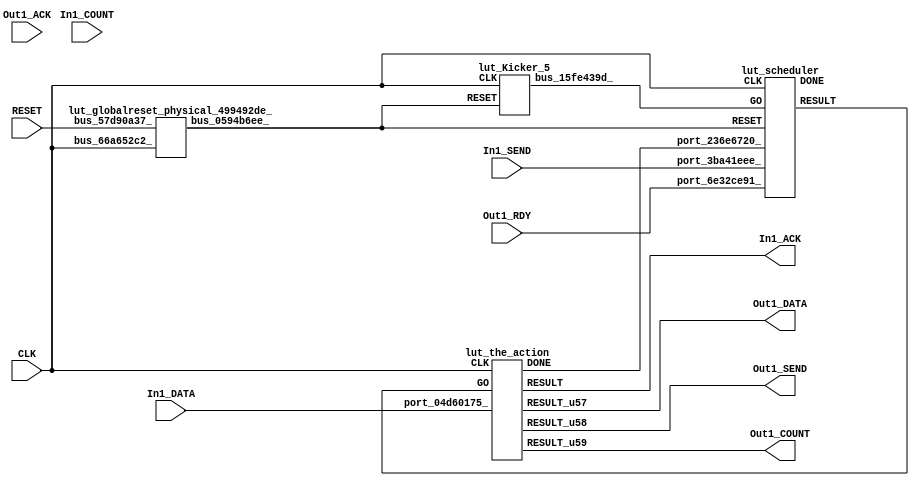
// __  ___ __ ___  _ __   ___  ___ 
// \ \/ / '__/ _ \| '_ \ / _ \/ __|
//  >  <| | | (_) | | | | (_) \__ \
// /_/\_\_|  \___/|_| |_|\___/|___/
// 
// Xronos synthesizer version
// Run date: Sat 15 Jul 2017 12:59:07 +0100
// 

module lut(In1_COUNT, Out1_DATA, Out1_SEND, RESET, Out1_RDY, Out1_ACK, CLK, In1_ACK, Out1_COUNT, In1_SEND, In1_DATA);
input	[15:0]	In1_COUNT;
output	[15:0]	Out1_DATA;
wire		the_action_done;
output		Out1_SEND;
input		RESET;
input		Out1_RDY;
input		Out1_ACK;
input		CLK;
output		In1_ACK;
output	[15:0]	Out1_COUNT;
input		In1_SEND;
wire		the_action_go;
input	[31:0]	In1_DATA;
wire		bus_0431203d_;
wire		lut_scheduler_instance_DONE;
wire		scheduler;
wire		the_action_u10;
wire		lut_the_action_instance_DONE;
wire		the_action;
wire	[15:0]	the_action_u9;
wire	[15:0]	the_action_u11;
wire		bus_15fe439d_;
wire		bus_0594b6ee_;
assign Out1_DATA=the_action_u9;
assign the_action_done=bus_0431203d_;
assign Out1_SEND=the_action_u10;
assign In1_ACK=the_action;
assign Out1_COUNT=the_action_u11;
assign the_action_go=scheduler;
assign bus_0431203d_=lut_the_action_instance_DONE&{1{lut_the_action_instance_DONE}};
lut_scheduler lut_scheduler_instance(.CLK(CLK), .RESET(bus_0594b6ee_), .GO(bus_15fe439d_), 
  .port_236e6720_(the_action_done), .port_6e32ce91_(Out1_RDY), .port_3ba41eee_(In1_SEND), 
  .DONE(lut_scheduler_instance_DONE), .RESULT(scheduler));
lut_the_action lut_the_action_instance(.CLK(CLK), .GO(the_action_go), .port_04d60175_(In1_DATA), 
  .DONE(lut_the_action_instance_DONE), .RESULT(the_action), .RESULT_u57(the_action_u9), 
  .RESULT_u58(the_action_u10), .RESULT_u59(the_action_u11));
lut_Kicker_5 lut_Kicker_5_1(.CLK(CLK), .RESET(bus_0594b6ee_), .bus_15fe439d_(bus_15fe439d_));
lut_globalreset_physical_499492de_ lut_globalreset_physical_499492de__1(.bus_66a652c2_(CLK), 
  .bus_57d90a37_(RESET), .bus_0594b6ee_(bus_0594b6ee_));
endmodule



module lut_scheduler(CLK, RESET, GO, port_236e6720_, port_6e32ce91_, port_3ba41eee_, DONE, RESULT);
input		CLK;
input		RESET;
input		GO;
input		port_236e6720_;
input		port_6e32ce91_;
input		port_3ba41eee_;
output		DONE;
output		RESULT;
wire		and_u88_u0;
wire		and_u89_u0;
wire		not_u20_u0;
wire		not_u21_u0;
wire		and_u90_u0;
wire		and_u91_u0;
wire		simplePinWrite;
wire		and_u92_u0;
wire		and_u93_u0;
wire		and_u94_u0;
reg		loopControl_u4=1'h0;
wire		or_u16_u0;
assign and_u88_u0=and_u94_u0&not_u20_u0;
assign and_u89_u0=and_u94_u0&port_3ba41eee_;
assign not_u20_u0=~port_3ba41eee_;
assign not_u21_u0=~port_6e32ce91_;
assign and_u90_u0=and_u93_u0&not_u21_u0;
assign and_u91_u0=and_u93_u0&port_6e32ce91_;
assign simplePinWrite=and_u92_u0&{1{and_u92_u0}};
assign and_u92_u0=and_u91_u0&and_u93_u0;
assign and_u93_u0=and_u89_u0&and_u94_u0;
assign and_u94_u0=or_u16_u0&or_u16_u0;
always @(posedge CLK or posedge RESET)
begin
if (RESET)
loopControl_u4<=1'h0;
else loopControl_u4<=and_u94_u0;
end
assign or_u16_u0=GO|loopControl_u4;
assign DONE=1'h0;
assign RESULT=simplePinWrite;
endmodule



module lut_the_action(CLK, GO, port_04d60175_, DONE, RESULT, RESULT_u57, RESULT_u58, RESULT_u59);
input		CLK;
input		GO;
input	[31:0]	port_04d60175_;
output		DONE;
output		RESULT;
output	[15:0]	RESULT_u57;
output		RESULT_u58;
output	[15:0]	RESULT_u59;
wire		simplePinWrite;
wire	[63:0]	subtract;
wire	[63:0]	greaterThanEqualTo_b_unsigned;
wire		greaterThanEqualTo;
wire	[63:0]	greaterThanEqualTo_a_unsigned;
wire		not_u22_u0;
wire		and_u95_u0;
wire		and_u96_u0;
wire	[33:0]	minus;
wire	[15:0]	minus_u0;
wire		and_u97_u0;
wire		and_u98_u0;
wire	[15:0]	mux_u5;
wire	[15:0]	simplePinWrite_u22;
wire	[15:0]	simplePinWrite_u23;
wire		simplePinWrite_u24;
assign simplePinWrite=GO&{1{GO}};
assign subtract={24'b0, port_04d60175_, 8'b0}-{32'b0, port_04d60175_};
assign greaterThanEqualTo_a_unsigned={subtract[41], subtract[41], subtract[41], subtract[41], subtract[41], subtract[41], subtract[41], subtract[41], subtract[41], subtract[41], subtract[41], subtract[41], subtract[41], subtract[41], subtract[41], subtract[41], subtract[41], subtract[41], subtract[41], subtract[41], subtract[41], subtract[41], subtract[41:0]};
assign greaterThanEqualTo_b_unsigned=64'h0;
assign greaterThanEqualTo=greaterThanEqualTo_a_unsigned>=greaterThanEqualTo_b_unsigned;
assign not_u22_u0=~greaterThanEqualTo;
assign and_u95_u0=GO&not_u22_u0;
assign and_u96_u0=GO&greaterThanEqualTo;
assign minus=~subtract[33:0]+34'h1;
assign minus_u0=~minus[33:18]+16'h1;
assign and_u97_u0=and_u95_u0&GO;
assign and_u98_u0=and_u96_u0&GO;
assign mux_u5=(and_u97_u0)?minus_u0:subtract[33:18];
assign simplePinWrite_u22=mux_u5;
assign simplePinWrite_u23=16'h1&{16{1'h1}};
assign simplePinWrite_u24=GO&{1{GO}};
assign DONE=GO;
assign RESULT=simplePinWrite;
assign RESULT_u57=simplePinWrite_u22;
assign RESULT_u58=simplePinWrite_u24;
assign RESULT_u59=simplePinWrite_u23;
endmodule



module lut_Kicker_5(CLK, RESET, bus_15fe439d_);
input		CLK;
input		RESET;
output		bus_15fe439d_;
reg		kicker_1=1'h0;
wire		bus_05d88783_;
wire		bus_1c5ccd12_;
reg		kicker_2=1'h0;
wire		bus_28a93850_;
reg		kicker_res=1'h0;
wire		bus_4d2c387c_;
always @(posedge CLK)
begin
kicker_1<=bus_1c5ccd12_;
end
assign bus_05d88783_=bus_1c5ccd12_&kicker_1;
assign bus_15fe439d_=kicker_res;
assign bus_1c5ccd12_=~RESET;
always @(posedge CLK)
begin
kicker_2<=bus_05d88783_;
end
assign bus_28a93850_=~kicker_2;
always @(posedge CLK)
begin
kicker_res<=bus_4d2c387c_;
end
assign bus_4d2c387c_=kicker_1&bus_1c5ccd12_&bus_28a93850_;
endmodule



module lut_globalreset_physical_499492de_(bus_66a652c2_, bus_57d90a37_, bus_0594b6ee_);
input		bus_66a652c2_;
input		bus_57d90a37_;
output		bus_0594b6ee_;
wire		not_5750dde2_u0;
reg		final_u5=1'h1;
reg		sample_u5=1'h0;
reg		glitch_u5=1'h0;
wire		and_06cbf2d3_u0;
reg		cross_u5=1'h0;
wire		or_137ee9c1_u0;
assign not_5750dde2_u0=~and_06cbf2d3_u0;
always @(posedge bus_66a652c2_)
begin
final_u5<=not_5750dde2_u0;
end
always @(posedge bus_66a652c2_)
begin
sample_u5<=1'h1;
end
always @(posedge bus_66a652c2_)
begin
glitch_u5<=cross_u5;
end
assign and_06cbf2d3_u0=cross_u5&glitch_u5;
assign bus_0594b6ee_=or_137ee9c1_u0;
always @(posedge bus_66a652c2_)
begin
cross_u5<=sample_u5;
end
assign or_137ee9c1_u0=bus_57d90a37_|final_u5;
endmodule